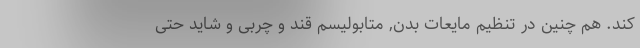
کند. هم چنین در تنظیم مایعات بدن, متابولیسم قند و چربی و شاید حتی